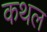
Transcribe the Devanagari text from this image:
कथल